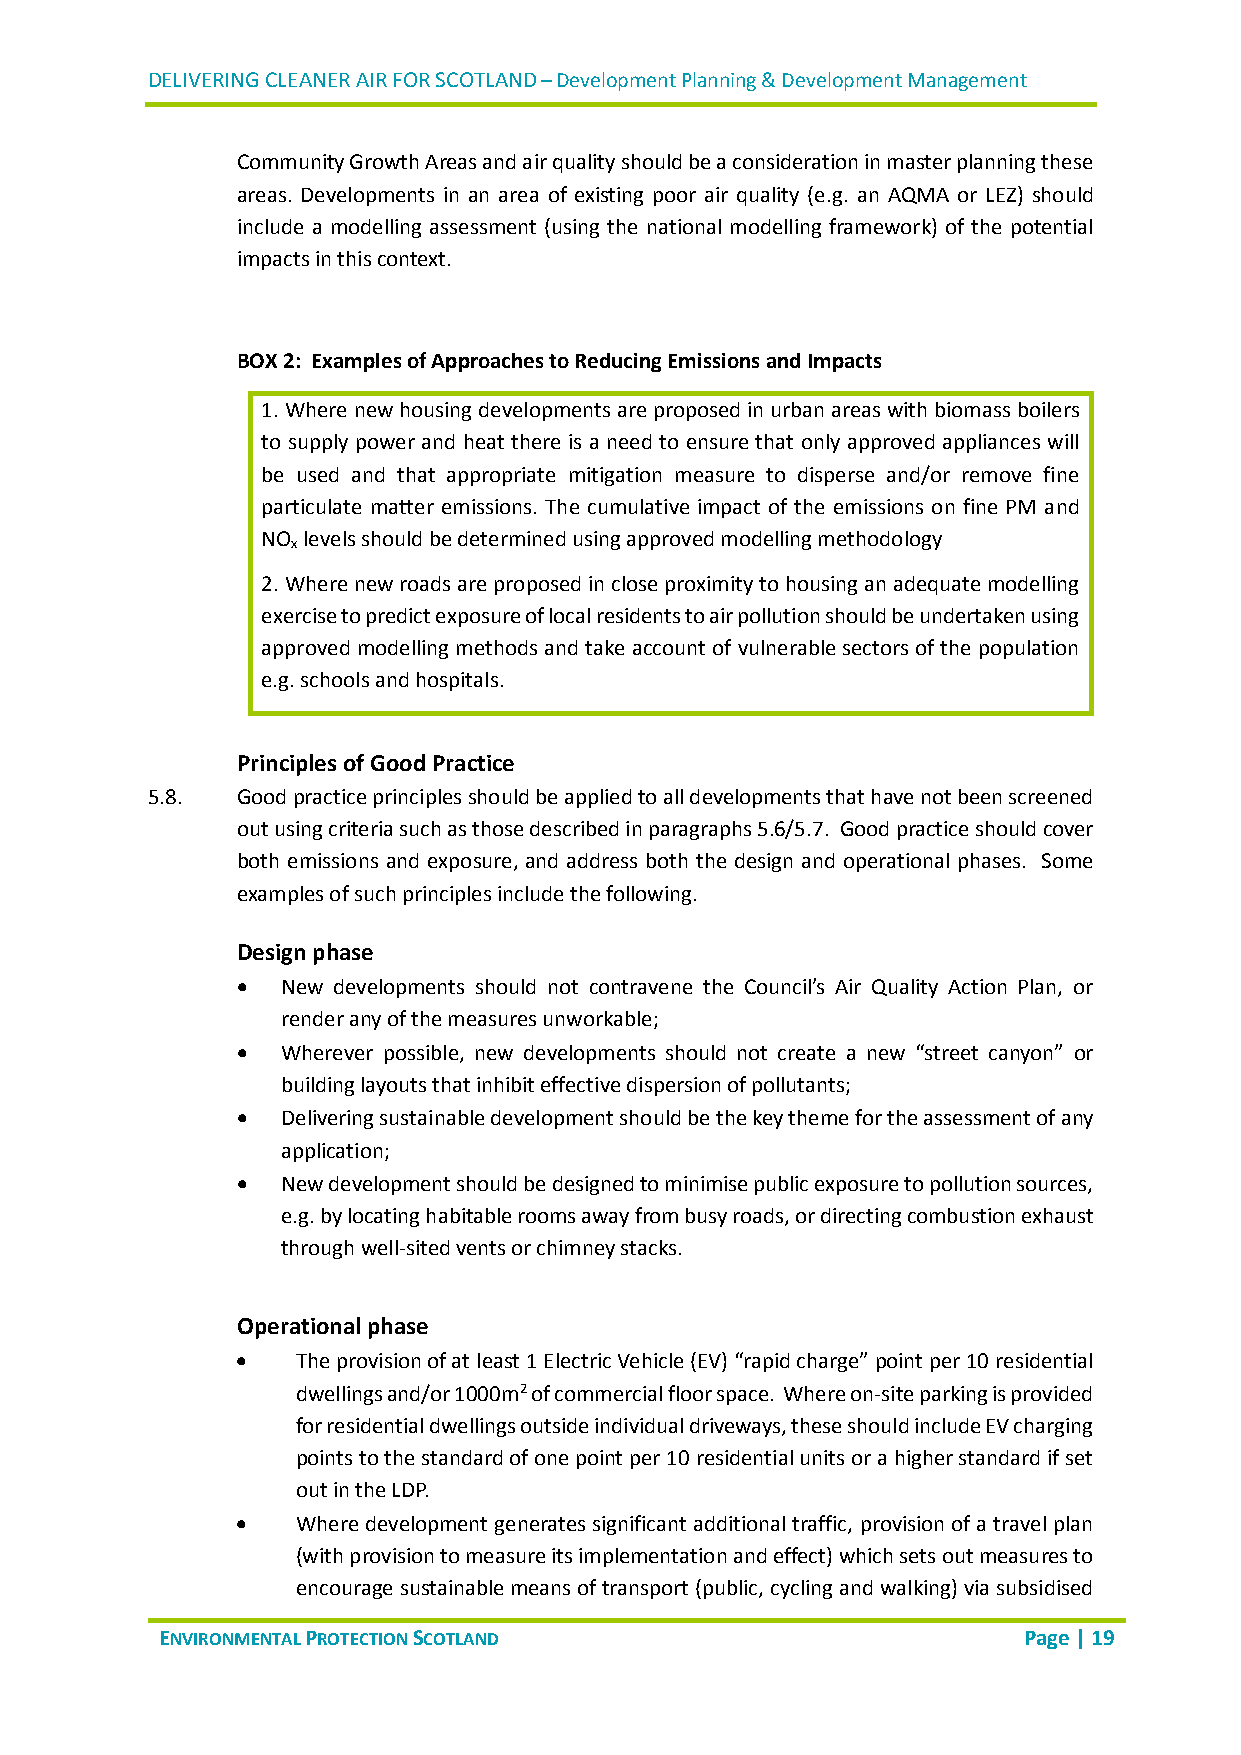
DELIVERING CLEANER AIR FOR SCOTLAND – Development Planning & Development Management
 Community Growth Areas and air quality should be a consideration in master planning these
 areas. Developments in an area of existing poor air quality (e.g. an AQMA or LEZ) should
 include a modelling assessment (using the national modelling framework) of the potential
 impacts in this context.
 BOX 2: Examples of Approaches to Reducing Emissions and Impacts
 1. Where new housing developments are proposed in urban areas with biomass boilers
 to supply power and heat there is a need to ensure that only approved appliances will
 be used and that appropriate mitigation measure to disperse and/or remove fine
 particulate matter emissions. The cumulative impact of the emissions on fine PM and
 NO levels should be determined using approved modelling methodology
 x
 2. Where new roads are proposed in close proximity to housing an adequate modelling
 exercise to predict exposure of local residents to air pollution should be undertaken using
 approved modelling methods and take account of vulnerable sectors of the population
 e.g. schools and hospitals.
 Principles of Good Practice
 5.8.  Good practice principles should be applied to all developments that have not been screened
 out using criteria such as those described in paragraphs 5.6/5.7. Good practice should cover
 both emissions and exposure, and address both the design and operational phases. Some
 examples of such principles include the following.
 Design phase
   New developments should not contravene the Council’s Air Quality Action Plan, or
 render any of the measures unworkable;
   Wherever possible, new developments should not create a new “street canyon” or
 building layouts that inhibit effective dispersion of pollutants;
   Delivering sustainable development should be the key theme for the assessment of any
 application;
   New development should be designed to minimise public exposure to pollution sources,
 e.g. by locating habitable rooms away from busy roads, or directing combustion exhaust
 through well-sited vents or chimney stacks.
 Operational phase
    The provision of at least 1 Electric Vehicle (EV) “rapid charge” point per 10 residential
 dwellings and/or 1000m2 of commercial floor space. Where on-site parking is provided
 for residential dwellings outside individual driveways, these should include EV charging
 points to the standard of one point per 10 residential units or a higher standard if set
 out in the LDP.
    Where development generates significant additional traffic, provision of a travel plan
 (with provision to measure its implementation and effect) which sets out measures to
 encourage sustainable means of transport (public, cycling and walking) via subsidised
 ENVIRONMENTAL PROTECTION SCOTLAND                        Page | 19